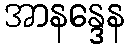
အာနန္ဒေန